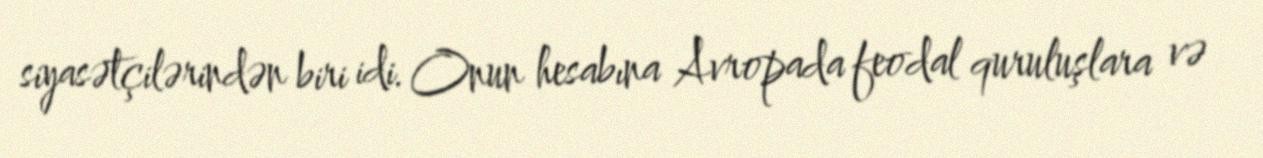
siyasətçilərindən biri idi. Onun hesabına Avropada feodal quruluşlara və